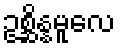
ဥစ္ဆိန္နမူလေ